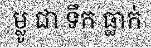
ម្លូ ជា ទឹក ធ្លាក់